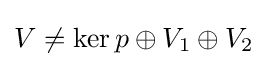
V\neq \operatorname {ker} p\oplus V_{1}\oplus V_{2}